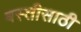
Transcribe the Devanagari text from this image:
बस्तीसाठी